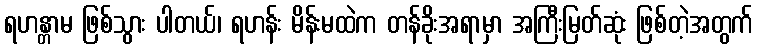
ရဟန္တာမ ဖြစ်သွား ပါတယ်၊ ရဟန်း မိန်းမထဲက တန်ခိုးအရာမှာ အကြီးမြတ်ဆုံး ဖြစ်တဲ့အတွက်